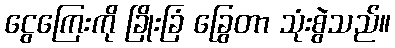
ငွေကြေးကို ခြိုးခြံ ခြွေတာ သုံးစွဲသည်။